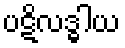
ပဋိလဒ္ဓါယ